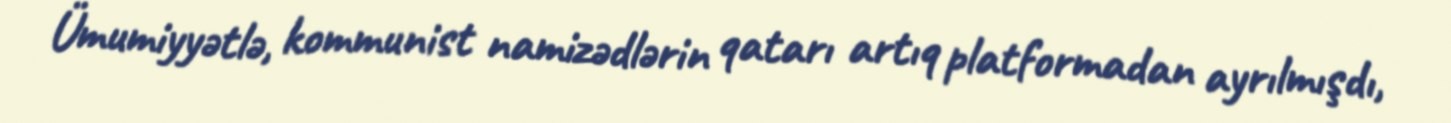
Ümumiyyətlə, kommunist namizədlərin qatarı artıq platformadan ayrılmışdı,